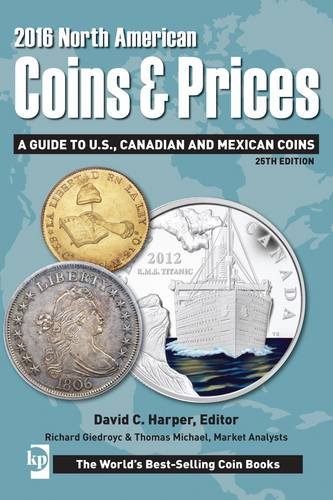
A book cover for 2016 North American Coins & Prices: A Guide to U.S., Canadian and Mexican Coins (North American Coins and Prices); Crafts, Hobbies & Home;